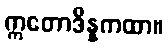
ဣတောဒိန္နကထာ။